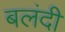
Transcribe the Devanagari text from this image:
बलंदी